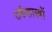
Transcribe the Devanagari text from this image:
तर्कशास्त्रों